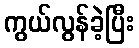
ကွယ်လွန်ခဲ့ပြီး